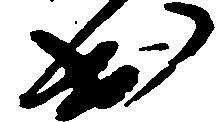
出